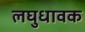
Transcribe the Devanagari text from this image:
लघुधावक